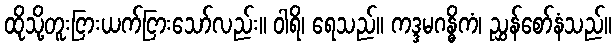
ထိုသို့တူးငြားယက်ငြားသော်လည်း။ ဝါရိ၊ ရေသည်။ ကဒ္ဒမဂန္ဓိကံ၊ ညွှန်စော်နံသည်။